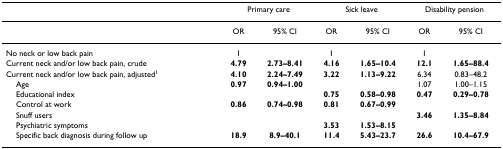
<table><thead><tr><td></td><td colspan="2"><b>Primary care</b></td><td colspan="2"><b>Sick leave</b></td><td colspan="2"><b>Disability pension</b></td></tr></thead><tbody><tr><td></td><td>OR</td><td>95% CI</td><td>OR</td><td>95% CI</td><td>OR</td><td>95% CI</td></tr><tr><td>No neck or low back pain</td><td>1</td><td></td><td>1</td><td></td><td>1</td><td></td></tr><tr><td>Current neck and/or low back pain, crude</td><td><b>4.79</b></td><td><b>2.73–8.41</b></td><td><b>4.16</b></td><td><b>1.65–10.4</b></td><td><b>12.1</b></td><td><b>1.65–88.4</b></td></tr><tr><td>Current neck and/or low back pain, adjusted<sup>1</sup></td><td><b>4.10</b></td><td><b>2.24–7.49</b></td><td><b>3.22</b></td><td><b>1.13–9.22</b></td><td>6.34</td><td>0.83–48.2</td></tr><tr><td> Age</td><td><b>0.97</b></td><td><b>0.94–1.00</b></td><td></td><td></td><td>1.07</td><td>1.00–1.15</td></tr><tr><td> Educational index</td><td></td><td></td><td><b>0.75</b></td><td><b>0.58–0.98</b></td><td><b>0.47</b></td><td><b>0.29–0.78</b></td></tr><tr><td> Control at work</td><td><b>0.86</b></td><td><b>0.74–0.98</b></td><td><b>0.81</b></td><td><b>0.67–0.99</b></td><td></td><td></td></tr><tr><td> Snuff users</td><td></td><td></td><td></td><td></td><td><b>3.46</b></td><td><b>1.35–8.84</b></td></tr><tr><td> Psychiatric symptoms</td><td></td><td></td><td><b>3.53</b></td><td><b>1.53–8.15</b></td><td></td><td></td></tr><tr><td> Specific back diagnosis during follow up</td><td><b>18.9</b></td><td><b>8.9–40.1</b></td><td><b>11.4</b></td><td><b>5.43–23.7</b></td><td><b>26.6</b></td><td><b>10.4–67.9</b></td></tr></tbody></table>